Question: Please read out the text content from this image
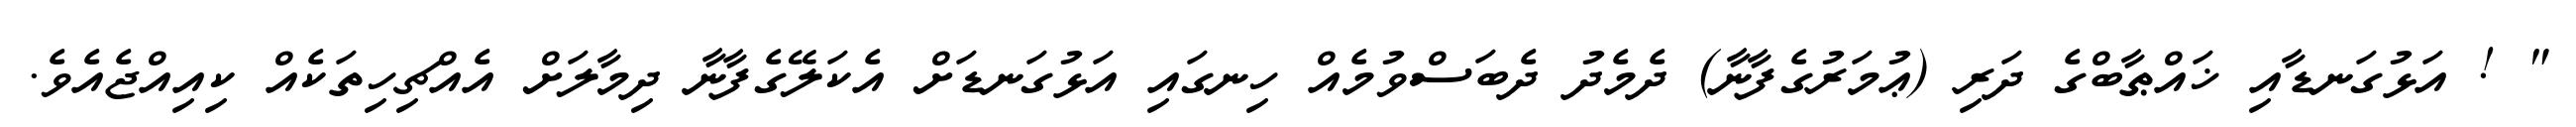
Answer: " ! އަޅުގަނޑާއި ޚައްޠާބްގެ ދަރި (ޢުމަރުގެފާނާ) ދެމެދު ދެބަސްވުމެއް ހިނގައި އަޅުގަނޑަށް އެކަލޭގެފާނާ ދިމާލަށް އެއްޗިހިތަކެއް ކިއިއްޖެއެވެ.